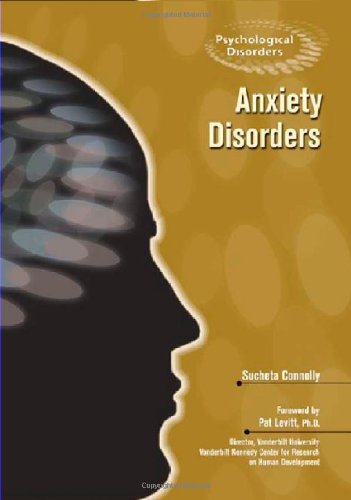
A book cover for Anxiety Disorders (Psychological Disorders); Sucheta Connolly; Teen & Young Adult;